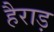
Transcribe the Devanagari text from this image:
हैराड़